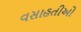
વસાહતીઓ